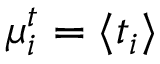
\mu _ { i } ^ { t } = \langle t _ { i } \rangle